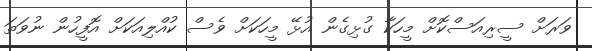
ވަރަށް ސީރިއަސްކޮށް މީހަކާ ގުޅިގެން އުޅޭ މީހަކަށް ވެސް ކުއްލިއަކަށް އޮފީހުން ނުވަތަ